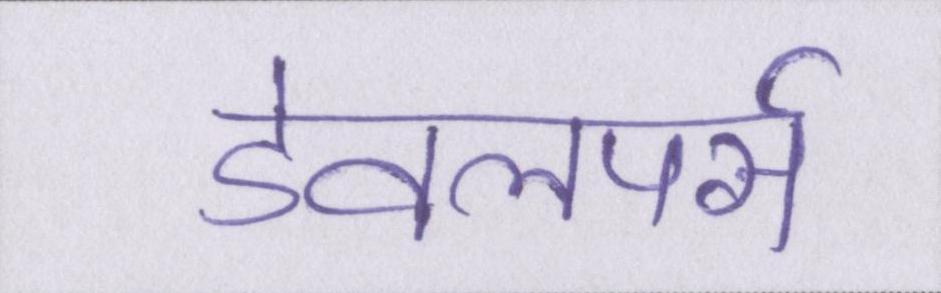
डेवलपर्स